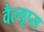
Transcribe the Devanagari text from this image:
वैल्यूप्स